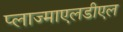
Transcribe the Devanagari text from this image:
प्लाज्माएलडीएल